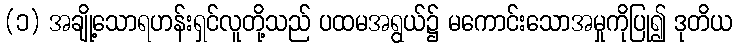
(၁) အချို့သောရဟန်းရှင်လူတို့သည် ပထမအရွယ်၌ မကောင်းသောအမှုကိုပြု၍ ဒုတိယ